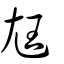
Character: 尩